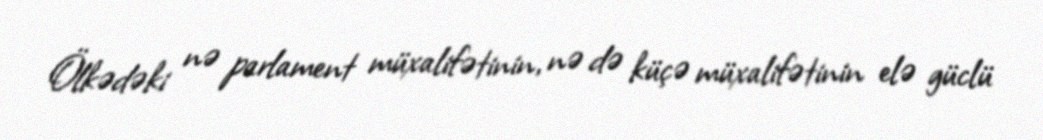
Ölkədəki nə parlament müxalifətinin, nə də küçə müxalifətinin elə güclü